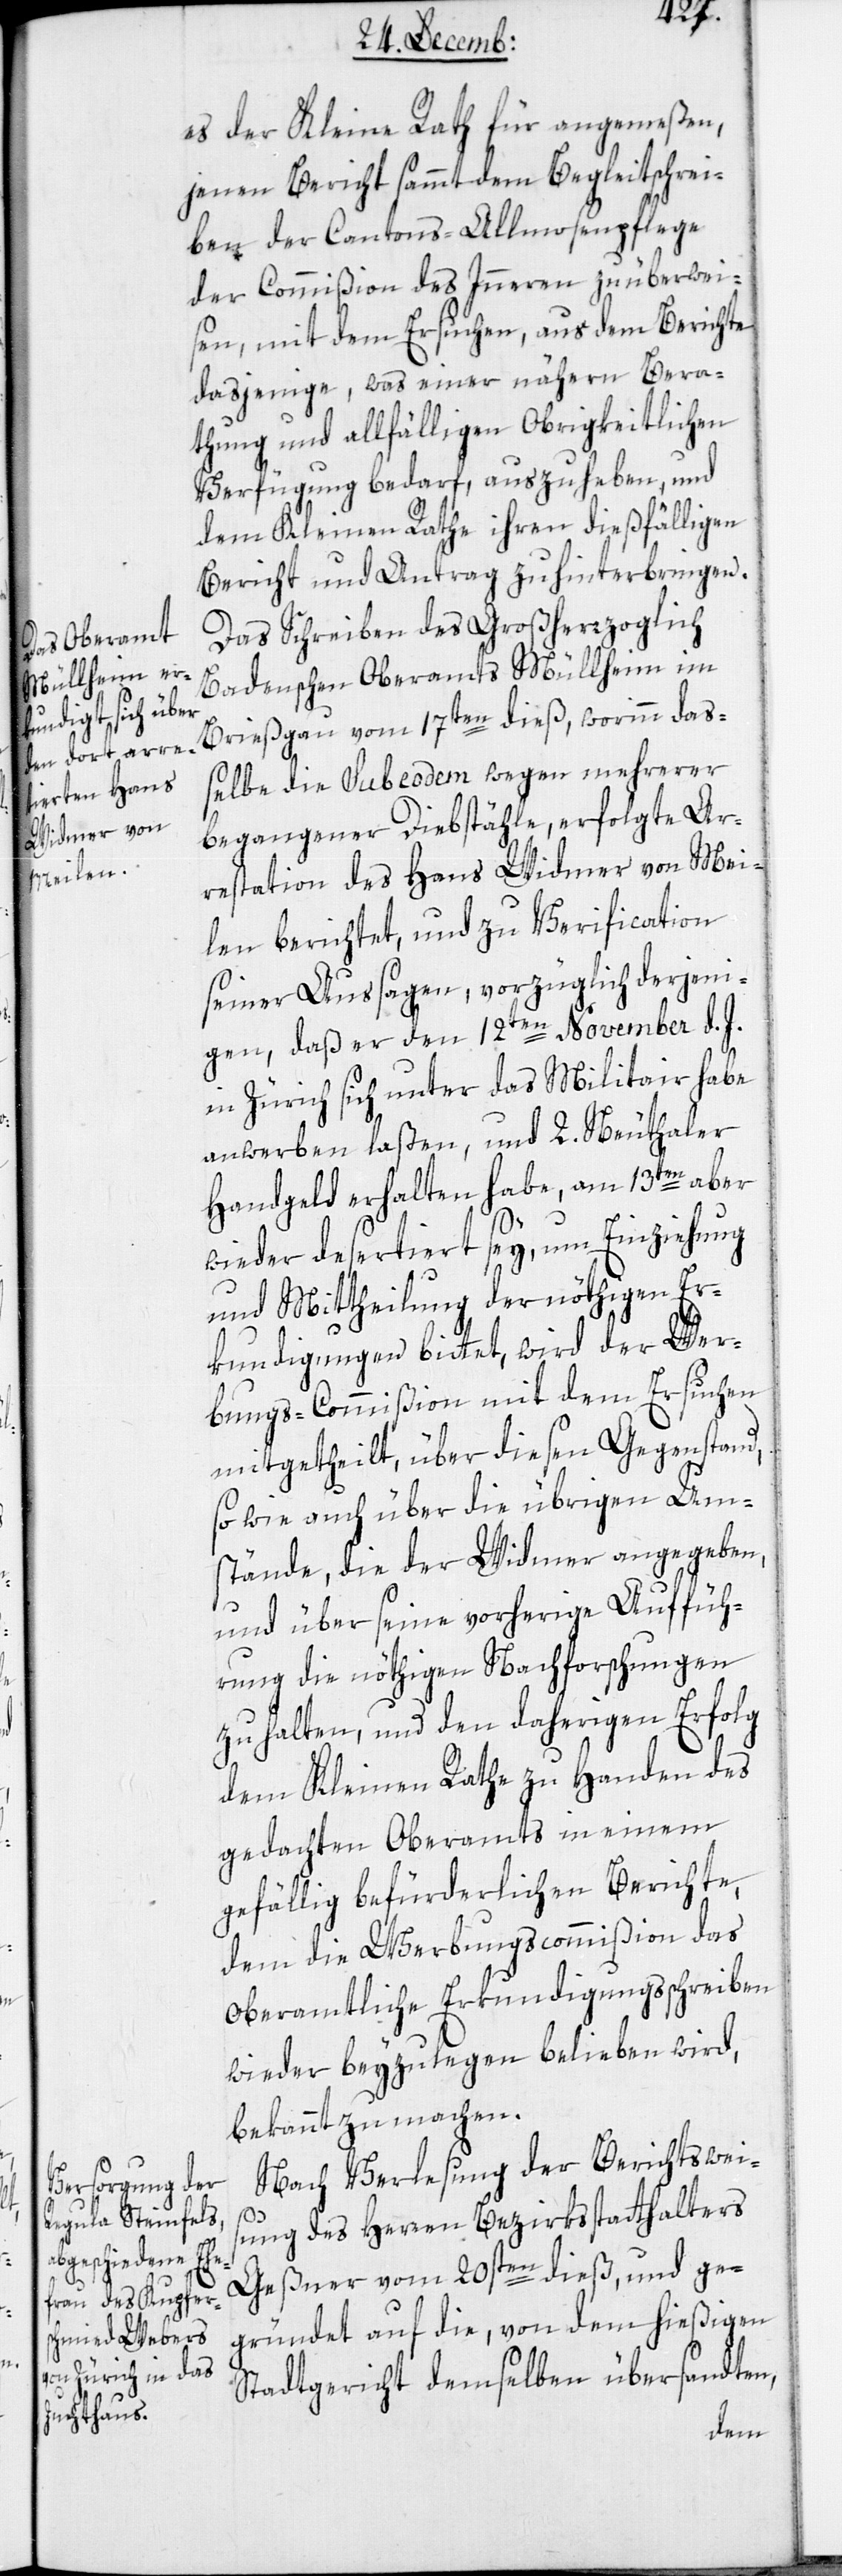
es der Kleine Rath für angemeßen,
jenen Bericht sammt dem Begleitschrei¬
ben der Cantons-Allmosenpflege
der Commißion des Inneren zu überwei¬
sen, mit dem Ersuchen, aus dem Berichte
dasjenige, was einer nähern Bera¬
thung und allfälligen Obrigkeitlichen
Verfügung bedarf, auszuheben, und
dem Kleinen Rathe ihren dießfälligen
Bericht und Antrag zu hinterbringen.
Das Schreiben des Großherzoglich
Badenschen Oberamts Müllheim im
Breißgau vom 17ten dieß, worinn daß¬
elbe die sub eodem wegen mehrerer
begangener Diebstähle, erfolgte Ar¬
restation des Hans Widmer von Mei¬
len berichtet, und zur Verification
seiner Aussagen, vorzüglich derjeni¬
gen, daß er den 12ten November d. J.
in Zürich sich unter das Militair habe
anwerben laßen, und 2. Neuthaler
Handgeld erhalten habe, am 13ten aber
wieder desertiert sey, um Einziehung
und Mittheilung der nöthigen Er¬
kundigungen bittet, wird der Wer¬
bungscommißion mit dem Ersuchen
mitgetheilt, über diesen Gegenstand,
sowie auch über die übrigen Um¬
stände, die der Widmer angegeben,
und über seine vorherige Auffüh¬
rung die nöthigen Nachforschungen
zu halten, und den daherigen Erfolg
dem Kleinen Rathe zu Handen des
gedachten Oberamts in einem
gefällig befürderlichen Berichte,
dem die Werbungscommißion das
oberamtliche Erkundigungs-Schreiben
wieder beyzulegen belieben wird,
bekannt zu machen.
Nach Verlesung der Berichtsweis¬
ung des Herren Bezirksstatthalters
Geßner vom 20sten dieß, und ge¬
gründet auf die, von dem hießigen
Stadtgericht demselben übersandten,